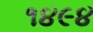
૧૪૯૪